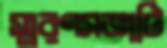
স্মরণসভাটি